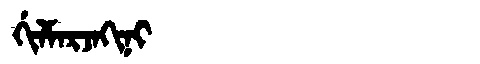
Manchu: ᡤᡳᠯᠮᠠᡵᠵᠠᡴᡳᠨᡳ
Romanization: GILMARJAKINI